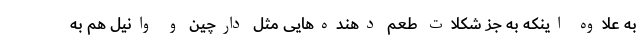
به علاوه اینکه به جز شکلات طعم دهنده‌هایی مثل دارچین و وانیل هم به